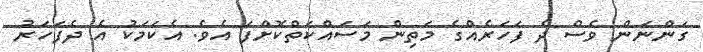
ގަންނަން ވެސް ދެ ފަހަރެއްގެ މަތިން މަސައްކަތްކޮށްފަ އެވެ. އެކަމަކު އެ ދެފަހަރު